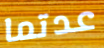
عدتما